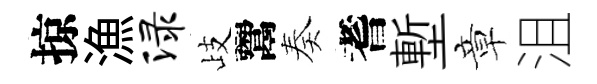
掠漁渌歧鬻奏耆塹章沮